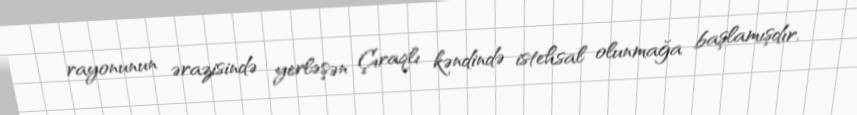
rayonunun ərazisində yerləşən Çıraqlı kəndində istehsal olunmağa başlamışdır.